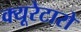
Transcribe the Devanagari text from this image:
क्यूरेटारो